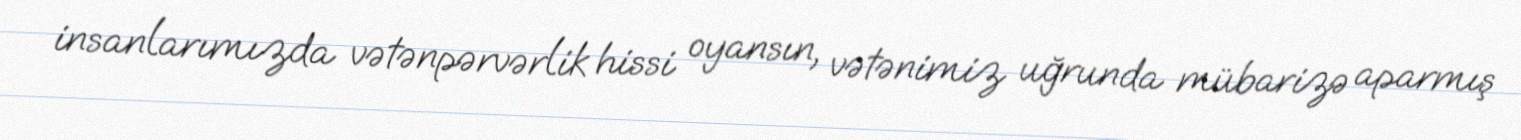
insanlarımızda vətənpərvərlik hissi oyansın, vətənimiz uğrunda mübarizə aparmış